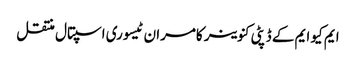
ایم کیو ایم کے ڈپٹی کنوینر کامران ٹیسوری اسپتال منتقل